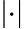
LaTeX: \left\lvert\cdot\right\rvert